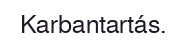
Karbantartás.